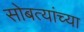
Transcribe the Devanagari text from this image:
सोबत्यांच्या